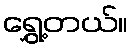
ရွှေ့တယ်။